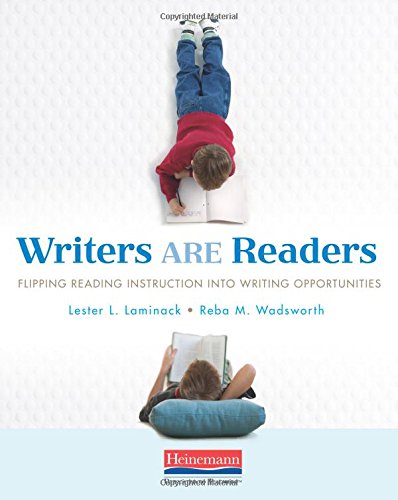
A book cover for Writers ARE Readers: Flipping Reading Instruction into Writing Opportunities; Lester Laminack; Education & Teaching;